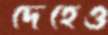
দেহেও